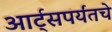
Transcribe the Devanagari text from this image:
आर्ट्‌सपर्यंतचे